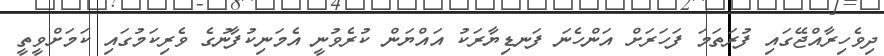
ދިވެހިރާއްޖޭގައި ފުރަތަމަ ފަހަރަށް އަންހެނަ ފަނޑިޔާރަކު އައްޔަން ކުރެވުނީ އެމަނިކުފާނުގެ ވެރިކަމުގައި ކަމަށްވީތީ